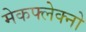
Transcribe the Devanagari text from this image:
मेकफ्लेक्नो